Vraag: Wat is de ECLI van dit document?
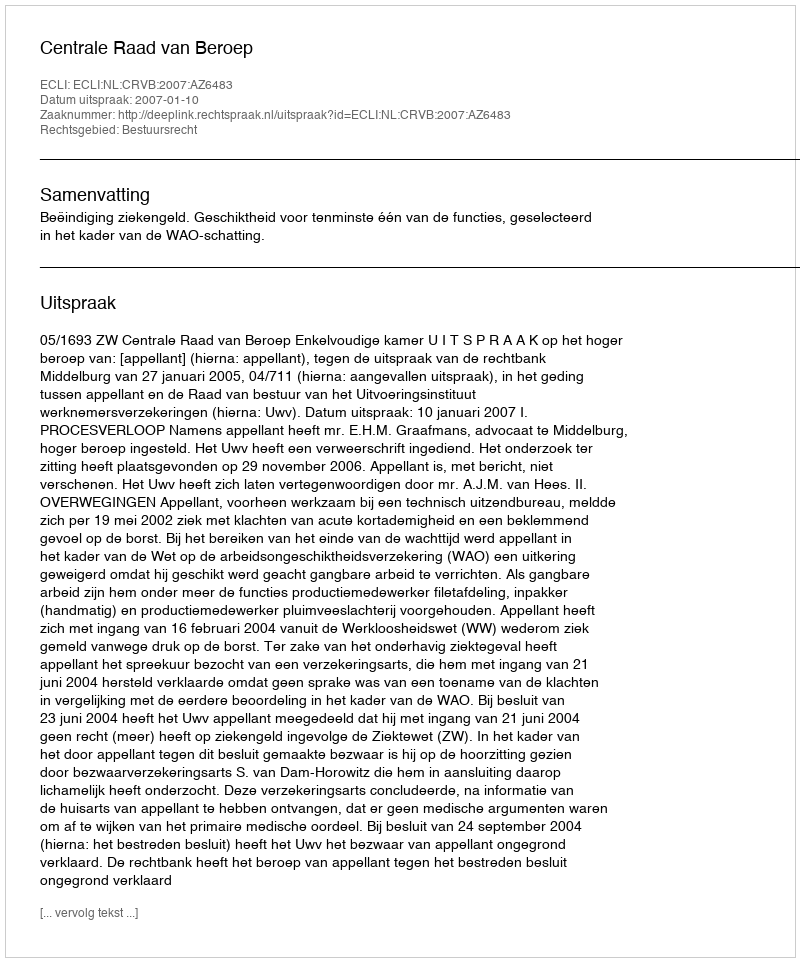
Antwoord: ECLI:NL:CRVB:2007:AZ6483